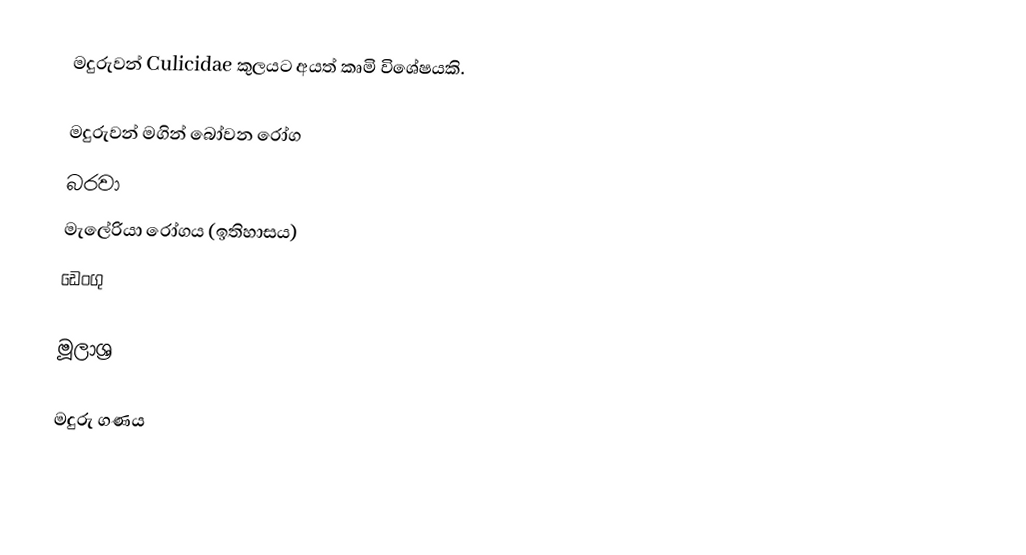
මදුරුවන් Culicidae කුලයට අයත් කෘමි විශේෂයකි.

මදුරුවන් මගින් බෝවන රෝග
 බරවා
 මැලේරියා රෝගය (ඉතිහාසය)
 ඩෙංගු

මූලාශ්‍ර

මදුරු ගණය